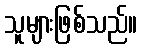
သူများဖြစ်သည်။